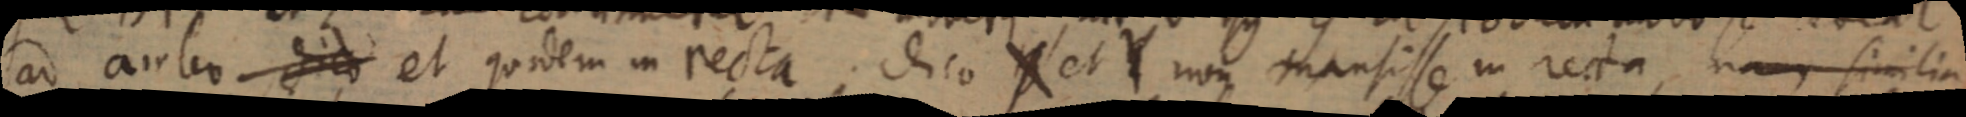
ad ambo dico et quodem in recta dico X et Y non transisse in recta, nam similia